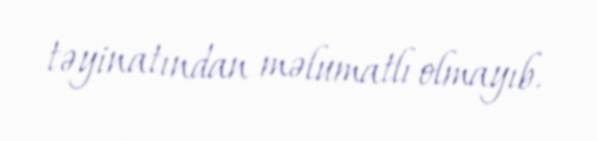
təyinatından məlumatlı olmayıb.